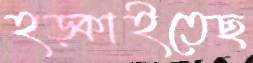
হড়্‌কাইতেছ